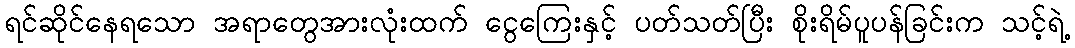
ရင်ဆိုင်နေရသော အရာတွေအားလုံးထက် ငွေကြေးနှင့် ပတ်သတ်ပြီး စိုးရိမ်ပူပန်ခြင်းက သင့်ရဲ့